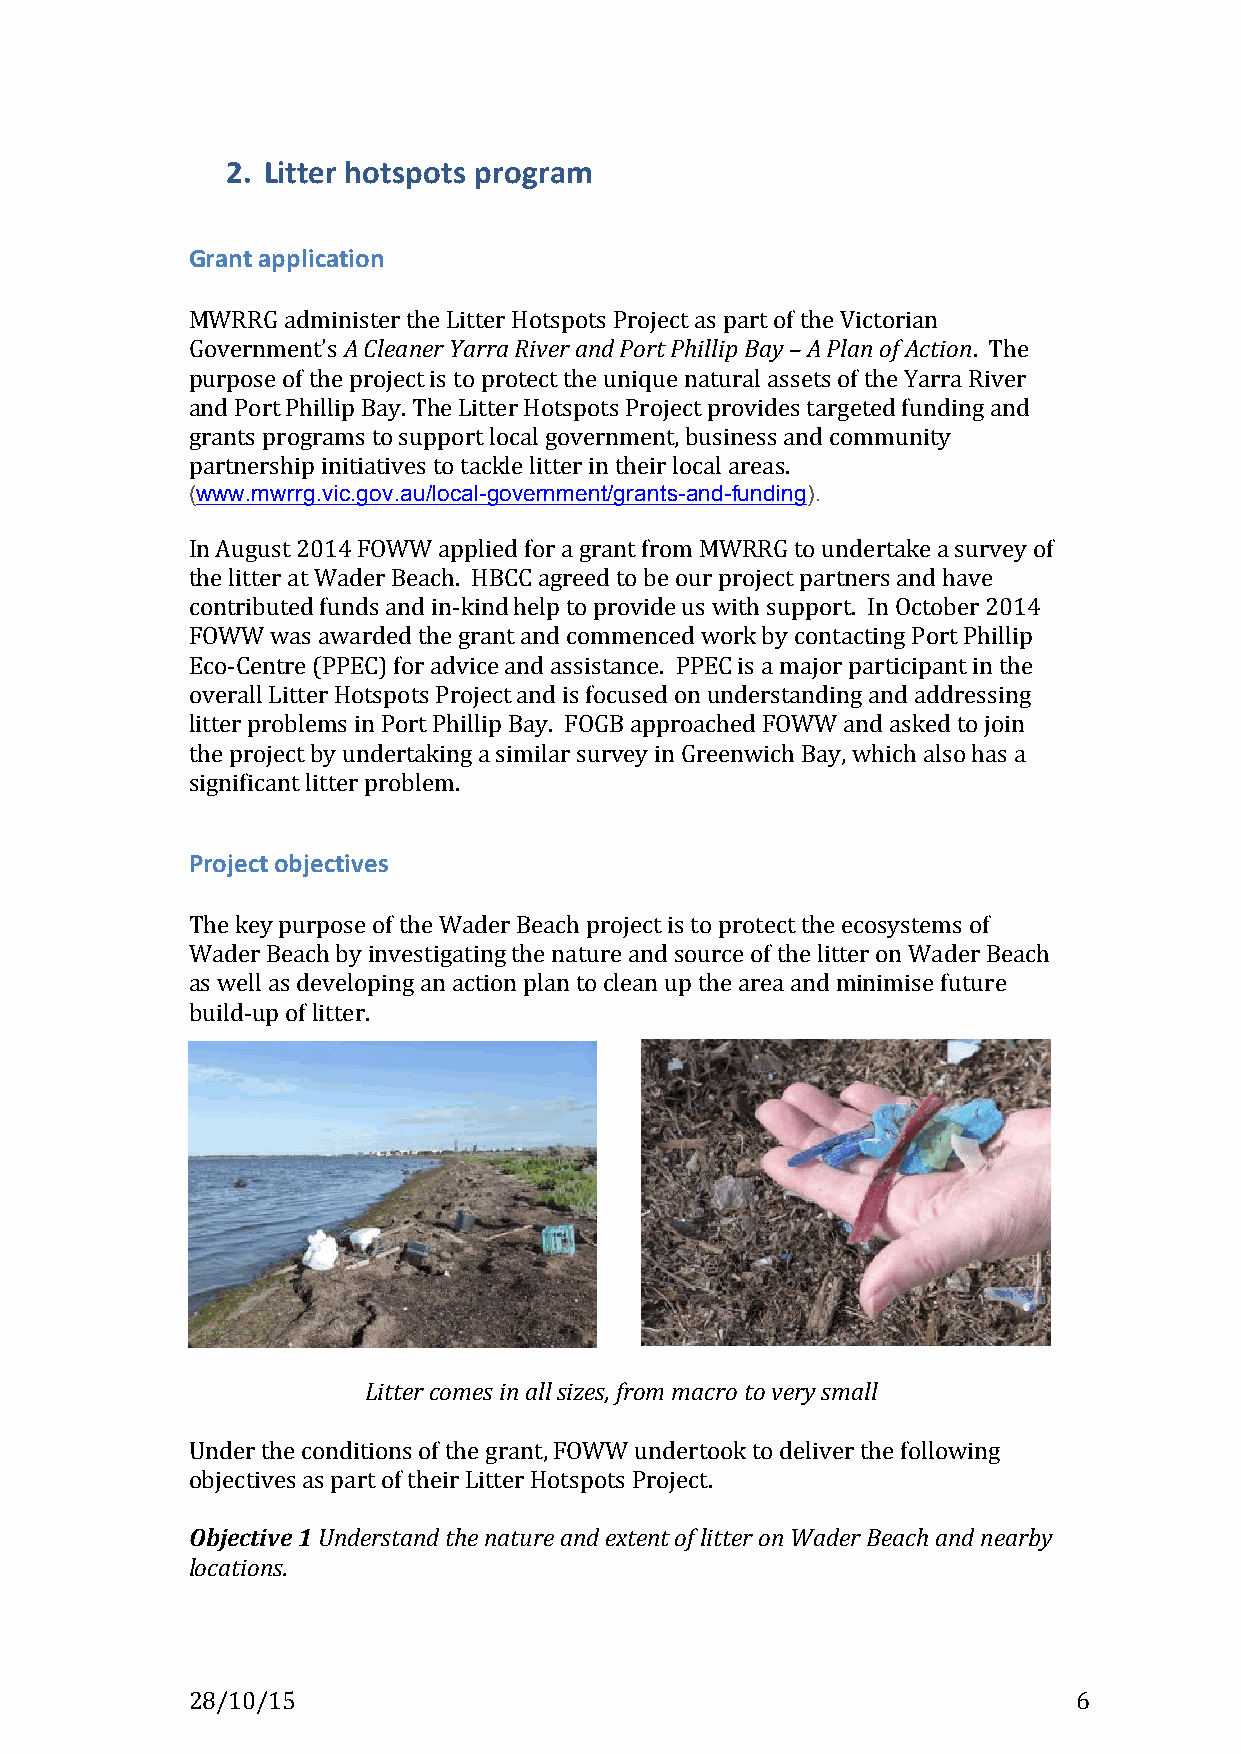
!
 2. Litter,hotspots,program,
 !
 Grant,application,
 !
 MWRRG!administer!the!Litter!Hotspots!Project!as!part!of!the!Victorian!
 Government’s!A(Cleaner(Yarra(River(and(Port(Phillip(Bay(–(A(Plan(of(Action.!!The!
 purpose!of!the!project!is!to!protect!the!unique!natural!assets!of!the!Yarra!River!
 and!Port!Phillip!Bay.!The!Litter!Hotspots!Project!provides!targeted!funding!and!
 grants!programs!to!support!local!government,!business!and!community!
 partnership!initiatives!to!tackle!litter!in!their!local!areas.
 (www.mwrrg.vic.gov.au/local-government/grants-and-funding).
 In!August!2014!FOWW!applied!for!a!grant!from!MWRRG!to!undertake!a!survey!of!
 the!litter!at!Wader!Beach.!!HBCC!agreed!to!be!our!project!partners!and!have!
 contributed!funds!and!inKkind!help!to!provide!us!with!support.!!In!October!2014!
 FOWW!was!awarded!the!grant!and!commenced!work!by!contacting!Port!Phillip!
 EcoKCentre!(PPEC)!for!advice!and!assistance.!!PPEC!is!a!major!participant!in!the!
 overall!Litter!Hotspots!Project!and!is!focused!on!understanding!and!addressing!
 litter!problems!in!Port!Phillip!Bay.!!FOGB!approached!FOWW!and!asked!to!join!
 the!project!by!undertaking!a!similar!survey!in!Greenwich!Bay,!which!also!has!a!
 significant!litter!problem.!!!!
 !
 Project,objectives,
 !
 The!key!purpose!of!the!Wader!Beach!project!is!to!protect!the!ecosystems!of!
 Wader!Beach!by!investigating!the!nature!and!source!of!the!litter!on!Wader!Beach!
 as!well!as!developing!an!action!plan!to!clean!up!the!area!and!minimise!future!
 buildKup!of!litter.!
 !
 Litter(comes(in(all(sizes,(from(macro(to(very(small(
 (
 Under!the!conditions!of!the!grant,!FOWW!undertook!to!deliver!the!following!
 objectives!as!part!of!their!Litter!Hotspots!Project.!
 !
 Objective)1(Understand(the(nature(and(extent(of(litter(on(Wader(Beach(and(nearby(
 locations.!!!
 28/10/15!                     !                            6!